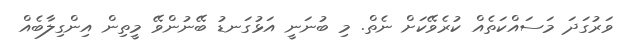
ވަރުގަދަ މަސައްކަތެއް ކުރެވޭކަށް ނެތް. މި ބުނަނީ އަޅުގަނޑު ބޭނުންވޭ މީތިން އިންގިލާބެއް